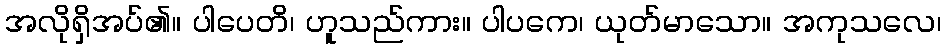
အလိုရှိအပ်၏။ ပါပေတိ၊ ဟူသည်ကား။ ပါပကေ၊ ယုတ်မာသော။ အကုသလေ၊